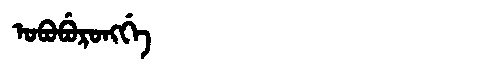
Manchu: ᠣᠪᠣᠪᡠᡵᠣᠩᡤᡝ
Romanization: OBOBURONGGE